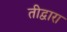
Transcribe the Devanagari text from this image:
तीद्वारा